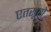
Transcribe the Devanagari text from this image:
एतसूरो